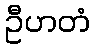
ဦဟတံ